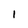
Character: 1